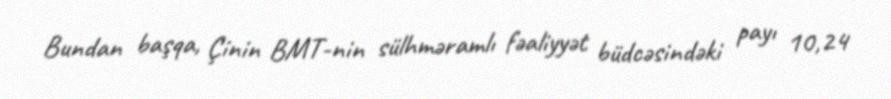
Bundan başqa, Çinin BMT-nin sülhməramlı fəaliyyət büdcəsindəki payı 10,24